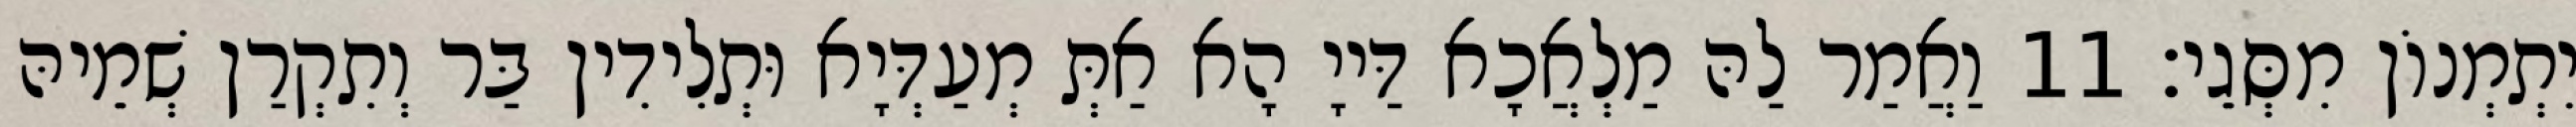
יִתְמְנוֹן מִסְּגֵי׃ 11 וַאֲמַר לַהּ מַלְאֲכָא דַּייָ הָא אַתְּ מְעַדְּיָא וּתְלִידִין בַּר וְתִקְרַן שְׁמֵיהּ